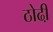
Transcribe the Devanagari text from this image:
ठोढी़